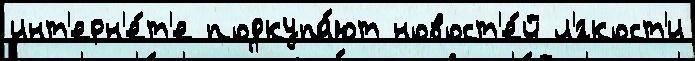
инт'ерн'е́т'е подкупа́ют новост'е́й л'́гкост'и